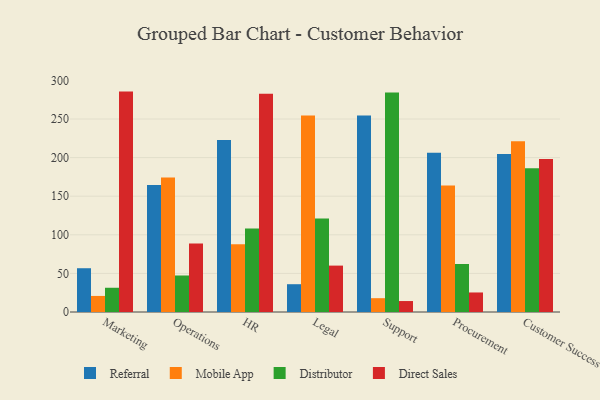
{"axis": {"x": "Department", "y": "Bounce Rate (%)"}, "legend": ["Direct Sales", "Distributor", "Mobile App", "Referral"], "data": [{"x": "Marketing", "y": 56.7, "type": "Referral"}, {"x": "Marketing", "y": 20.8, "type": "Mobile App"}, {"x": "Marketing", "y": 31.4, "type": "Distributor"}, {"x": "Marketing", "y": 285.5, "type": "Direct Sales"}, {"x": "Operations", "y": 164.4, "type": "Referral"}, {"x": "Operations", "y": 174.1, "type": "Mobile App"}, {"x": "Operations", "y": 47.3, "type": "Distributor"}, {"x": "Operations", "y": 88.8, "type": "Direct Sales"}, {"x": "HR", "y": 222.9, "type": "Referral"}, {"x": "HR", "y": 87.8, "type": "Mobile App"}, {"x": "HR", "y": 108.1, "type": "Distributor"}, {"x": "HR", "y": 282.6, "type": "Direct Sales"}, {"x": "Legal", "y": 36.0, "type": "Referral"}, {"x": "Legal", "y": 254.6, "type": "Mobile App"}, {"x": "Legal", "y": 121.1, "type": "Distributor"}, {"x": "Legal", "y": 60.1, "type": "Direct Sales"}, {"x": "Support", "y": 254.5, "type": "Referral"}, {"x": "Support", "y": 17.9, "type": "Mobile App"}, {"x": "Support", "y": 284.3, "type": "Distributor"}, {"x": "Support", "y": 14.2, "type": "Direct Sales"}, {"x": "Procurement", "y": 206.2, "type": "Referral"}, {"x": "Procurement", "y": 163.9, "type": "Mobile App"}, {"x": "Procurement", "y": 62.2, "type": "Distributor"}, {"x": "Procurement", "y": 25.3, "type": "Direct Sales"}, {"x": "Customer Success", "y": 204.8, "type": "Referral"}, {"x": "Customer Success", "y": 221.1, "type": "Mobile App"}, {"x": "Customer Success", "y": 186.3, "type": "Distributor"}, {"x": "Customer Success", "y": 198.3, "type": "Direct Sales"}]}